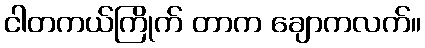
ငါတကယ်ကြိုက် တာက ချောကလက်။